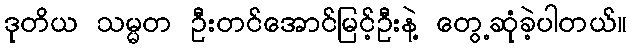
ဒုတိယ သမ္မတ ဦးတင်အောင်မြင့်ဦးနဲ့ တွေ့ဆုံခဲ့ပါတယ်။